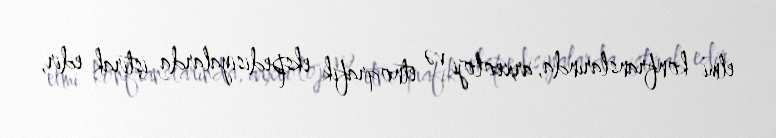
elmi konfranslarında, arxeoloji və etnoqrafik ekspedisiyalarda iştirak edir,